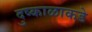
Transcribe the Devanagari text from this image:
दुष्काळाकडे